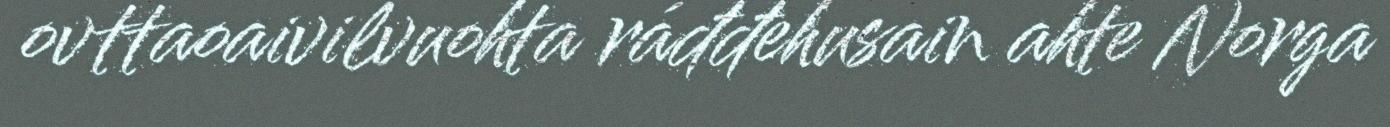
ovttaoaivilvuohta ráđđehusain ahte Norga